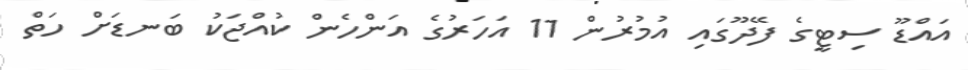
އައްޑޫ ސިޓީގެ ފޭދޫގައި އުމުރުން 11 އަހަރުގެ އަންހެން ކުއްޖަކު ބަނޑަށް ހަތް